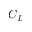
C _ { L }